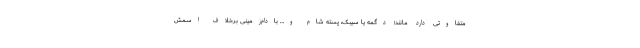
متفاوتی دارد مانند؛ دگمه یا سیبک، پسته شام و… بادام‌زمینی برخلاف اسمش